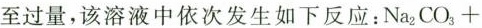
至过量，该溶液中依次发生如下反应：$$N a _ { 2 } C O _ { 3 } +